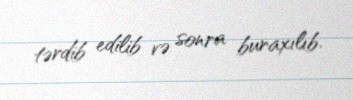
tərdib edilib və sonra buraxılıb.